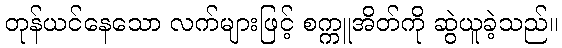
တုန်ယင်နေသော လက်များဖြင့် စက္ကူအိတ်ကို ဆွဲယူခဲ့သည်။